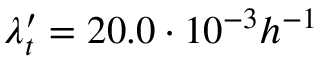
\lambda _ { t } ^ { \prime } = 2 0 . 0 \cdot 1 0 ^ { - 3 } h ^ { - 1 }